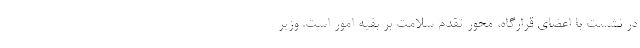
در نشست با اعضای قرارگاه، محور تقدم سلامت بر بقیه امور است. وزیر